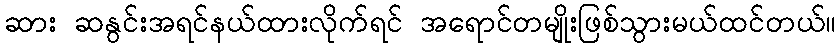
ဆား ဆနွင်းအရင်နယ်ထားလိုက်ရင် အရောင်တမျိုးဖြစ်သွားမယ်ထင်တယ်။